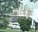
કાલોજી